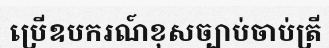
ប្រើឧបករណ៍ខុសច្បាប់ចាប់ត្រី